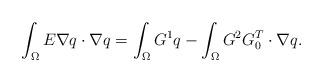
LaTeX: \begin{align*}\int_\Omega E\nabla q \cdot \nabla q = \int_\Omega G^1 q -\int_\Omega G^2 G_0^T\cdot\nabla q.\end{align*}